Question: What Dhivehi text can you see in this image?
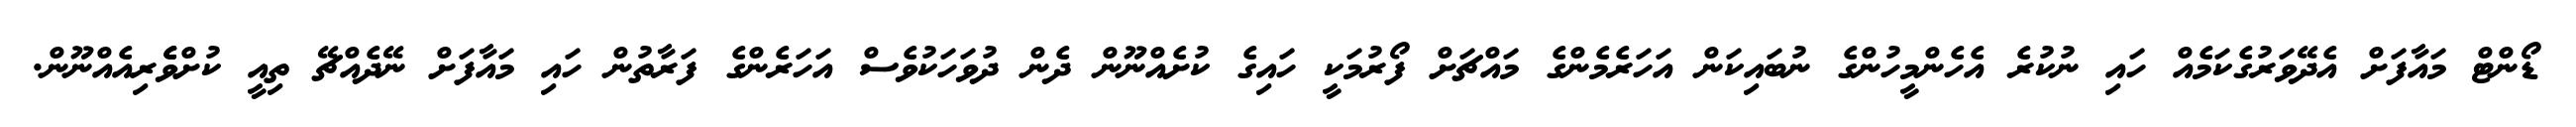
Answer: ޑޯންޓް މައާފަށް އެދޭވަރުގެކަމެއް ހައި ނުކުރެ އެހެންމީހުންގެ ނުބައިކަން އަހަރެމެންގެ މައްޗަށް ފޯރުމަކީ ހައިގެ ކުށެއްނޫން ދެން ދުވަހަކުވެސް އަހަރެންގެ ފަރާތުން ހައި މައާފަށް ނޭދެއްޗޭ ތިއީ ކުށްވެެރިއެއްނޫން.